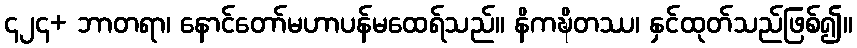
၄၂၄+ ဘာတရာ၊ နောင်တော်မဟာပန်မထေရ်သည်။ နိကဍ္ဎိတဿ၊ နှင်ထုတ်သည်ဖြစ်၍။